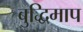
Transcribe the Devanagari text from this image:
बुद्धिमाप